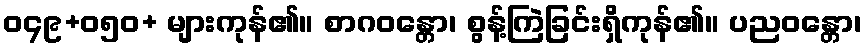
ဝ၄၉+၀၅ဝ+ များကုန်၏။ စာဂဝန္တော၊ စွန့်ကြဲခြင်းရှိကုန်၏။ ပညဝန္တော၊